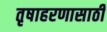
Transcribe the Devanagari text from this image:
तृषाहरणासाठीं